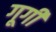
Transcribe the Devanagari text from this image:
गूगी